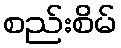
စည်းစိမ်